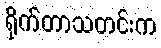
ရိုက်တာသတင်းက